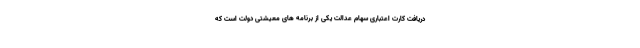
دریافت کارت اعتباری سهام عدالت یکی از برنامه های معیشتی دولت است که